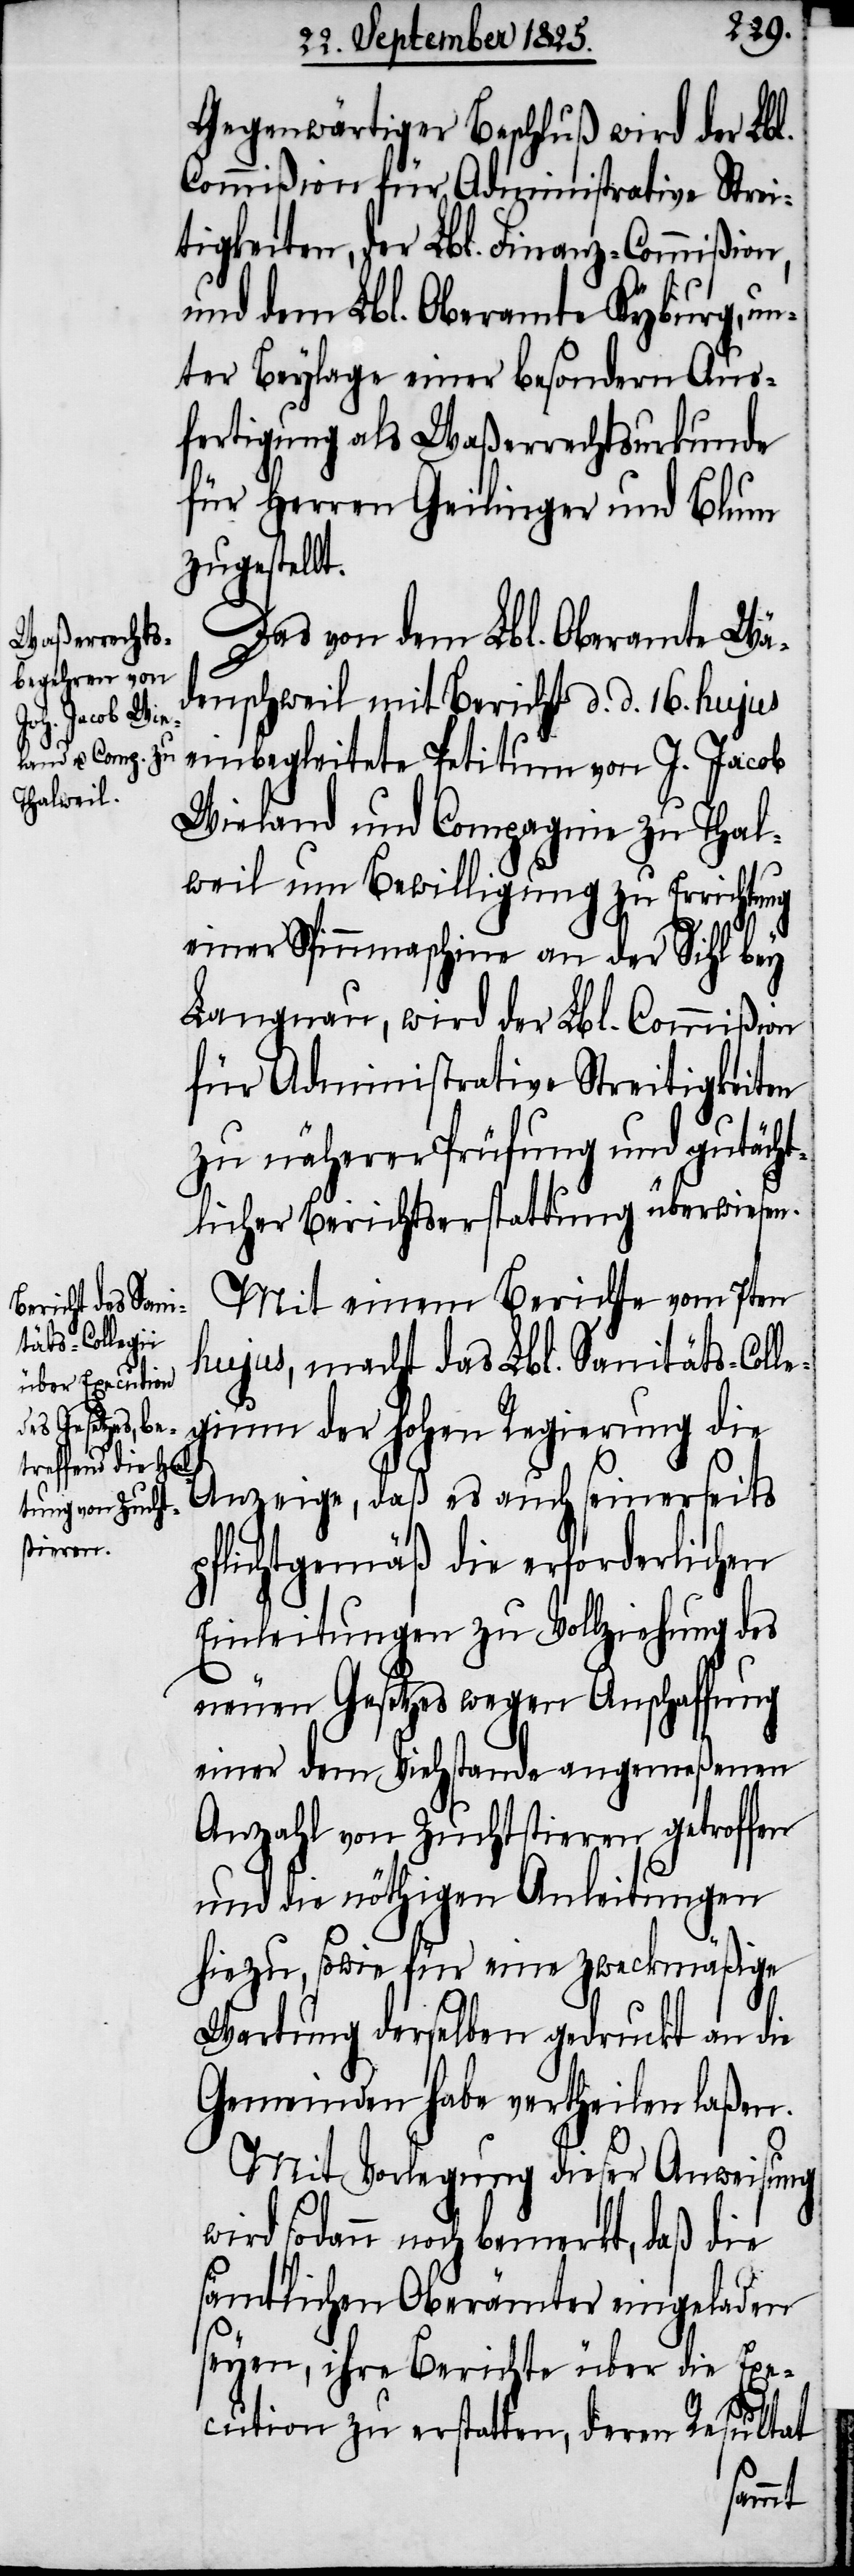
Gegenwärtiger Beschluß wird der Lbl.
Commißion für Administrative Strei¬
tigkeiten, der Lbl. Finanz-Commißion,
und dem Lbl. Oberamte Kyburg, un¬
ter Beylage einer besondern Aus¬
fertigung als Waßerrechtsurkunde
für Herren Geilinger und Blum
zugestellt.
Das von dem Lbl. Oberamte Wä¬
denschweil mit Bericht d. d. 16. hujus
einbegleitete Petitum von J. Jacob
Wieland und Compagnie zu Thal¬
weil um Bewilligung zu Errichtung
einer Spinnmaschine an der Sihl bey
Langnau, wird der Lbl. Commißion
für Administrative Streitigkeiten
zu näherer Prüfung und gutächt¬
licher Berichtserstattung überwiesen.
Mit einem Berichte vom 7ten
hujus, macht das Lbl. Sanitäts-Colle¬
gium der hohen Regierung die
Anzeige, daß es auch seinerseits
pflichtgemäß die erforderlichen
Einleitungen zu Vollziehung des
neuen Gesetzes wegen Anschaffung
einer dem Viehstande angemeßenen
Anzahl von Zuchtstieren getroffen
und die nöthigen Anleitungen
hiezu, sowie für eine zweckmäßige
Wartung derselben gedruckt an die
Gemeinden habe vertheilen laßen.
Mit Verlegung dieser Anweisung
wird sodann noch bemerkt, daß die
sämtlichen Oberämter eingeladen
seyen, ihre Berichte über die Exe¬
cution zu erstatten, deren Resultat